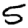
Digit: 5